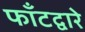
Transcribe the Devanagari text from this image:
फाँटद्वारे